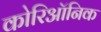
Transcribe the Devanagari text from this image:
कोरिऑनिक